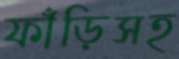
ফাঁড়িসহ